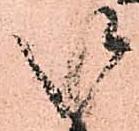
御